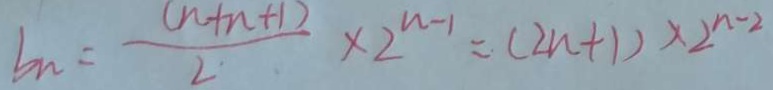
b n = \frac { ( n + n + 1 ) } { 2 } \times 2 ^ { n - 1 } = ( 2 n + 1 ) \times 2 ^ { n - 2 }